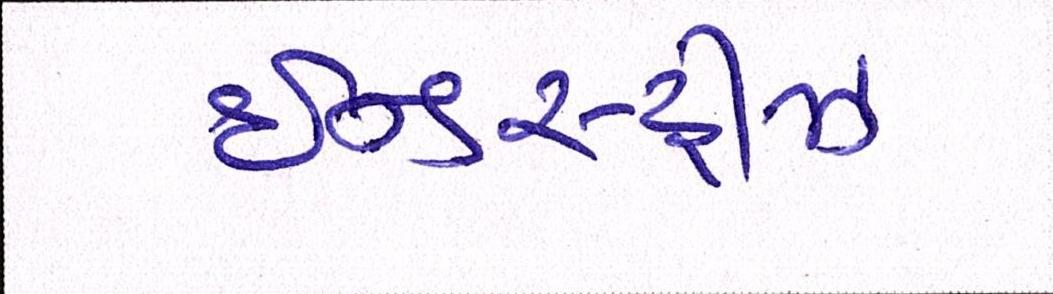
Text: ઈન્ડસ્ટ્રીઝ